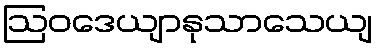
ဩဝဒေယျာနုသာသေယျ